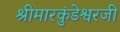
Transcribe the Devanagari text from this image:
श्रीमारकुंडेश्वरजी